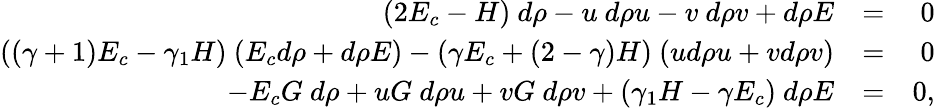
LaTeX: \begin{array}{rlr}{(2E_{c}-H)~d\rho-u~d\rho u-v~d\rho v+d\rho E}&{=}&{0}\\ {((\gamma+1)E_{c}-\gamma_{1}H)~(E_{c}d\rho+d\rho E)-(\gamma E_{c}+(2-\gamma)H)~(ud\rho u+vd\rho v)}&{=}&{0}\\ {-E_{c}G~d\rho+uG~d\rho u+vG~d\rho v+(\gamma_{1}H-\gamma E_{c})~d\rho E}&{=}&{0,}\end{array}